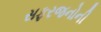
સફરજનોની